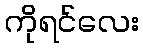
ကိုရင်လေး